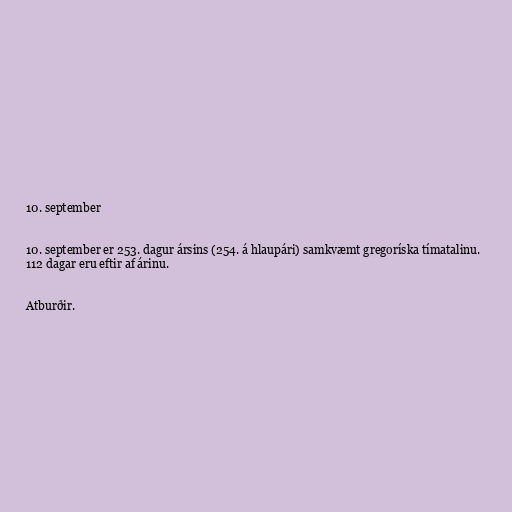
10. september

10. september er 253. dagur ársins (254. á hlaupári) samkvæmt gregoríska tímatalinu.
112 dagar eru eftir af árinu.

Atburðir.